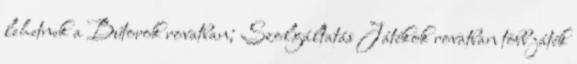
lehetnek a Bútorok rovatban; Szolgáltatás Játékok rovatban több játék